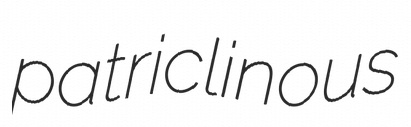
patriclinous